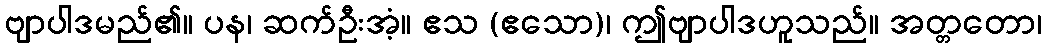
ဗျာပါဒမည်၏။ ပန၊ ဆက်ဦးအံ့။ ဧသ (ဧသော)၊ ဤဗျာပါဒဟူသည်။ အတ္တတော၊